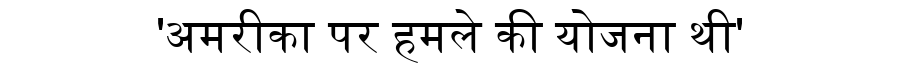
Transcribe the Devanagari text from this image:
'अमरीका पर हमले की योजना थी'